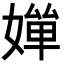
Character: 𡠐